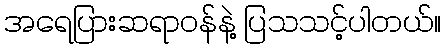
အရေပြားဆရာဝန်နဲ့ ပြသသင့်ပါတယ်။